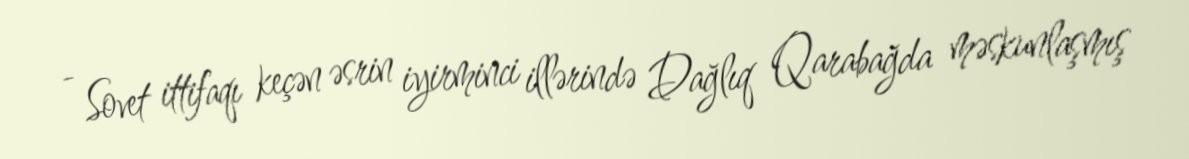
- Sovet ittifaqı keçən əsrin iyirminci illərində Dağlıq Qarabağda məskunlaşmış